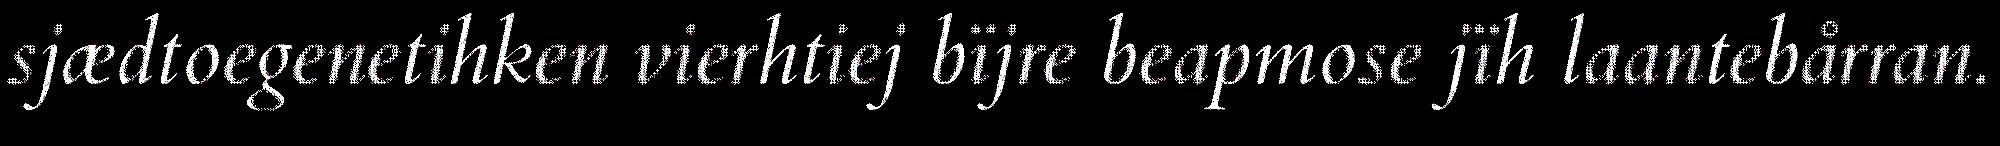
sjædtoegenetihken vierhtiej bïjre beapmose jïh laantebårran.